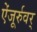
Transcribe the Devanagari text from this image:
ऐंजूर्रुवर्